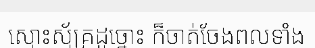
ស្មោះស្ម័គ្រដូច្នោះ ក៏ចាត់ចែងពលទាំង